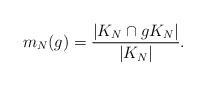
LaTeX: \begin{align*}m_N(g)=\frac{|K_N\cap gK_N|}{|K_N|}.\end{align*}